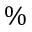
\%